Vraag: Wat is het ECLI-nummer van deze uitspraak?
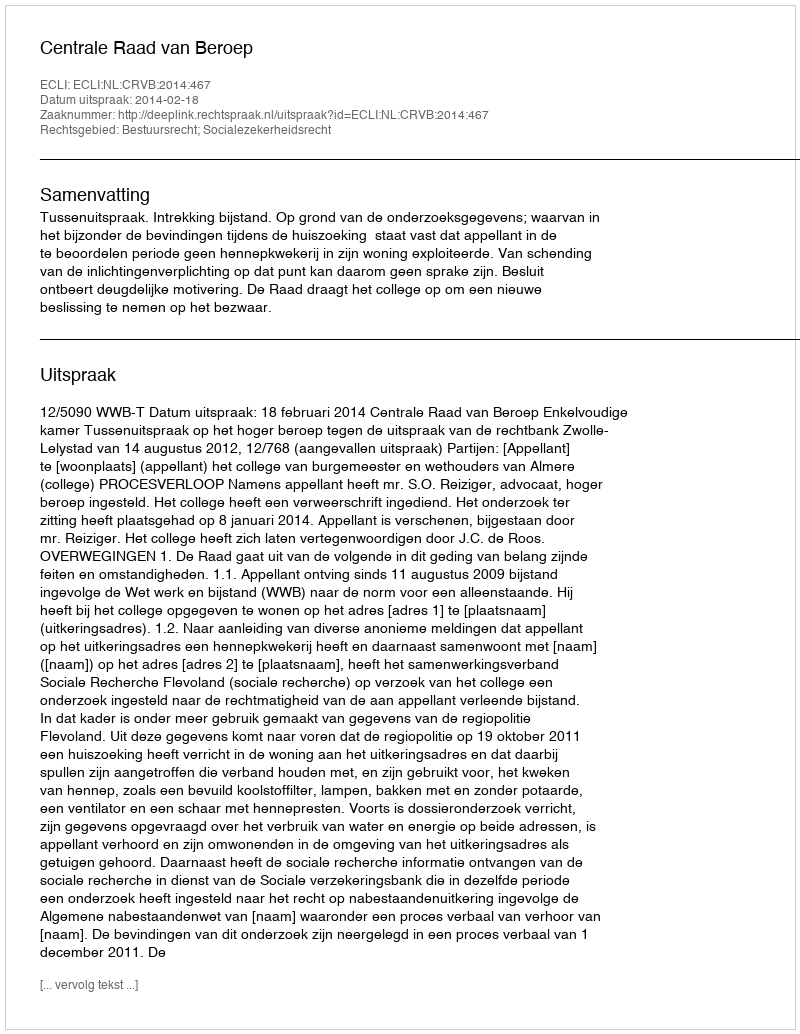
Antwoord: ECLI:NL:CRVB:2014:467